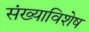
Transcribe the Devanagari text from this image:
संख्याविशेष